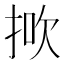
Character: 𢭻